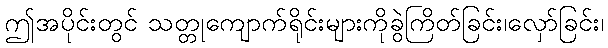
ဤအပိုင်းတွင် သတ္တုကျောက်ရိုင်းများကိုခွဲကြိတ်ခြင်း၊လှော်ခြင်း၊